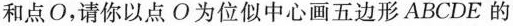
和点O，请你以点O为位似中心画五边形ABCDE的